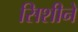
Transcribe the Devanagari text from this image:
सिशीने